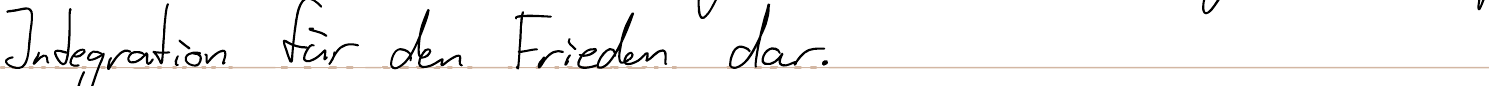
Integration für den Frieden dar.